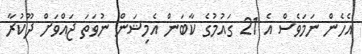
އެހެން ނަމަވެސް އެ 21 ގައުމުގެ ކާބަން އެމިޝަން ނުވަތަ ޖައްވަށް ދޫކުރާ